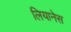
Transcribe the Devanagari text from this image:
लियानेस